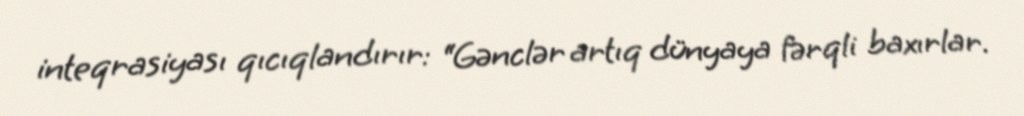
inteqrasiyası qıcıqlandırır: “Gənclər artıq dünyaya fərqli baxırlar.